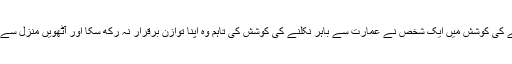
آگ سے بچنے کی کوشش میں ایک شخص نے عمارت سے باہر نکلنے کی کوشش کی تاہم وہ اپنا توازن برقرار نہ رکھ سکا اور آٹھویں منزل سے نیچے گرگیا۔